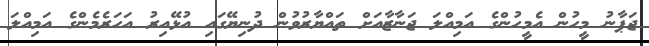
ޖަޕާނު މީހުން އެމީހުންގެ އަމިއްލަ ޖަނާޒާއަށް ތައްޔާރުވުން ދުނިޔޭގައި އުޅޭއިރު އަހަރެމެންގެ އަމިއްލަ